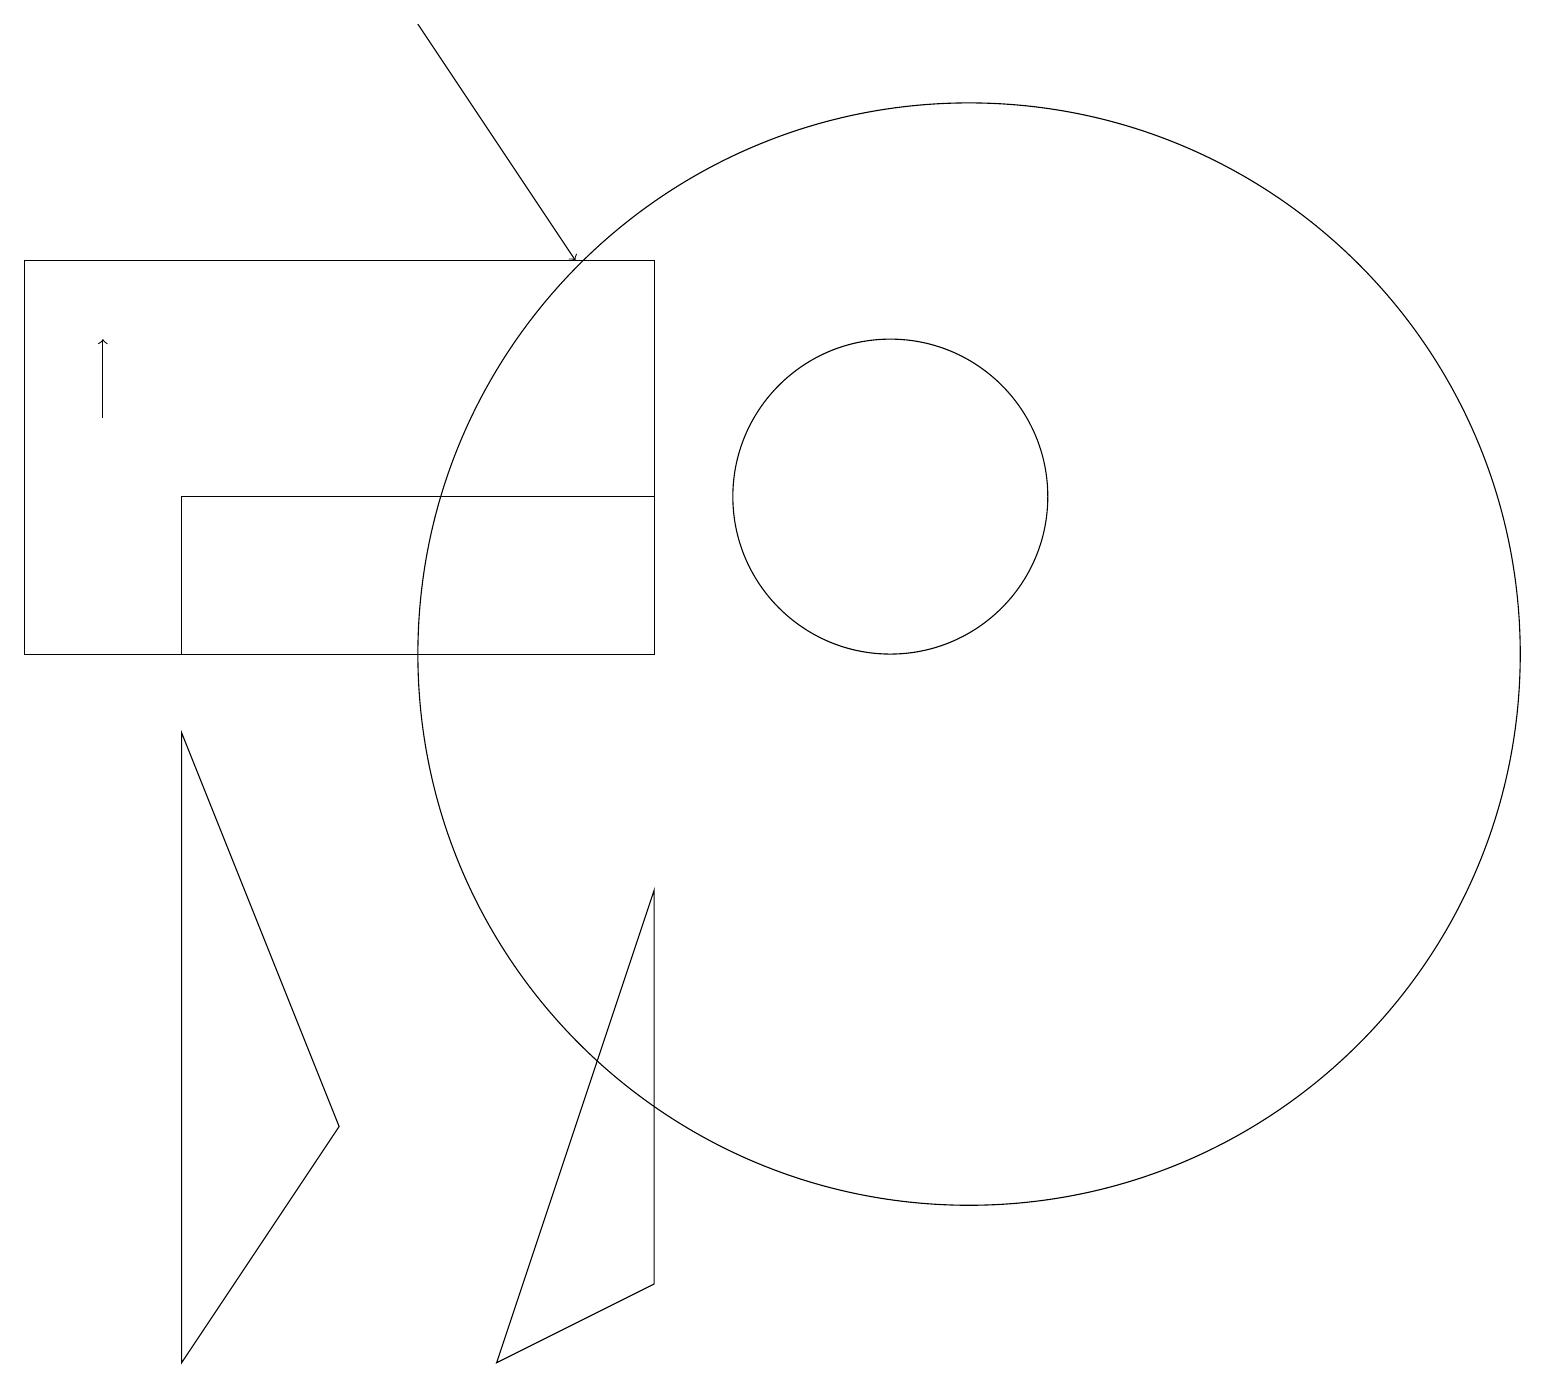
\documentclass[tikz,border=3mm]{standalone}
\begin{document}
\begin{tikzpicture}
\draw (11,12) circle (2);
\draw (8,10) rectangle (2,12);
\draw (4,4) -- (2,1) -- (2,9) -- cycle;
\draw (8,10) rectangle (0,15);
\draw[->] (5,18) -- (7,15);
\draw (8,2) -- (8,7) -- (6,1) -- cycle;
\draw[->] (1,13) -- (1,14);
\draw (12,10) circle (7);
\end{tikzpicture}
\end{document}